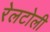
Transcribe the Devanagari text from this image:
रेलटोली